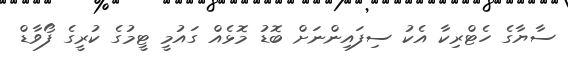
ސާޔާގެ ހެޓްރިކާ އެކު ސިފައިންނަށް ބޮޑު މޮޅެއް ގައުމީ ޓީމުގެ ކުރީގެ ފޯވާޑް